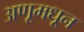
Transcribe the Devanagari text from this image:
अणूमधून